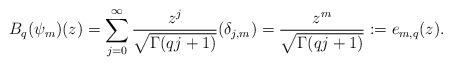
LaTeX: \begin{align*}B_q(\psi_m)(z)=\sum_{j=0}^{\infty}\frac{z^j}{\sqrt{\Gamma(qj+1)}}(\delta_{j,m})=\frac{z^m}{\sqrt{\Gamma(qj+1)}} := e_{m,q}(z). \end{align*}